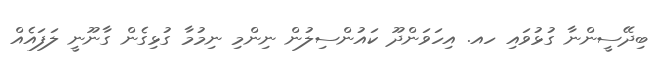
ބިދޭސީންނާ ގުޅުވައި ހއ. އިހަވަންދޫ ކައުންސިލުން ނިންމި ނިމުމާ ގުޅިގެން ގާނޫނީ ލަފައެއް